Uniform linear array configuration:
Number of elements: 4
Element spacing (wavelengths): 0.75
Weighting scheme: blackman
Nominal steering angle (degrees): -15
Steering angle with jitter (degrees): -13.072
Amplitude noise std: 0.05
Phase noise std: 0.05

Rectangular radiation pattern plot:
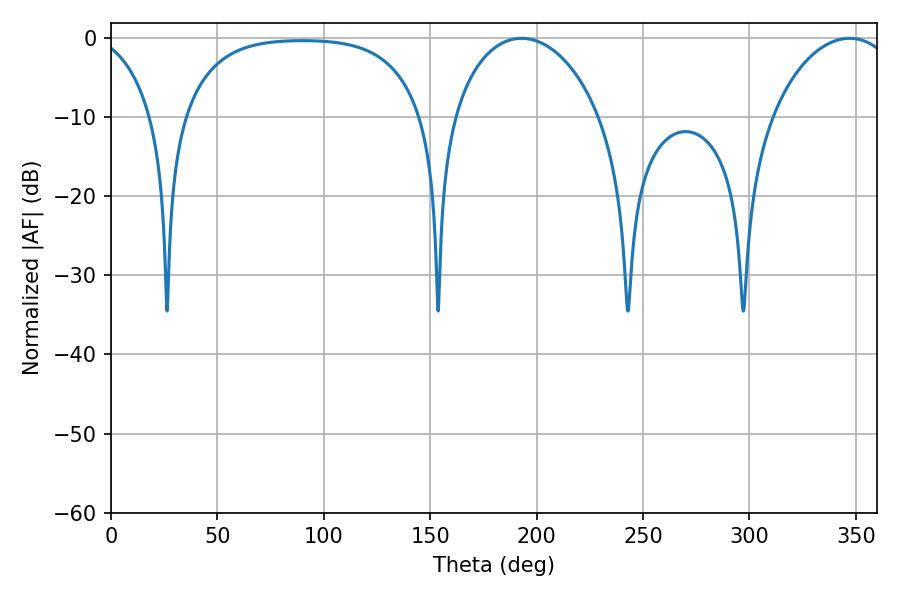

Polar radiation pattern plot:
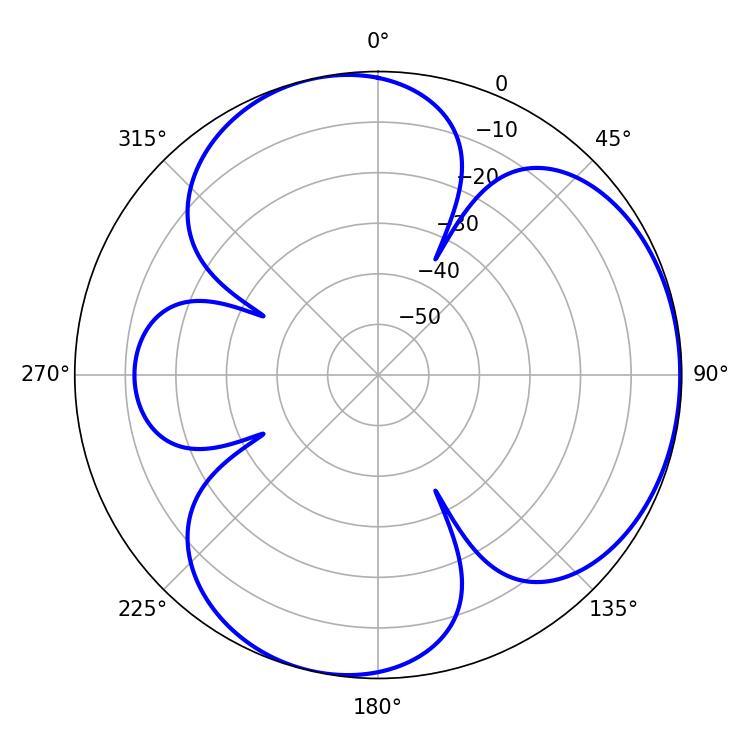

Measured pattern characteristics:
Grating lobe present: TRUE
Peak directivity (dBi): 4.155
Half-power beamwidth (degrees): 39.96
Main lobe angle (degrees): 192.96